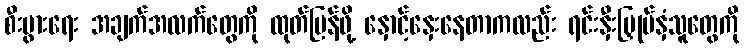
စီးပွားရေး အချက်အလက်တွေကို ထုတ်ပြန်ဖို့ နှောင့်နှေးနေတာကလည်း ရင်းနှီးမြှုပ်နှံသူတွေကို